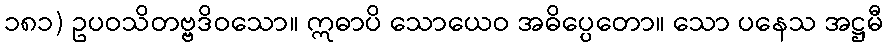
၁၈၁) ဥပဝသိတဗ္ဗဒိဝသော။ ဣဓာပိ သောယေဝ အဓိပ္ပေတော။ သော ပနေသ အဋ္ဌမီ